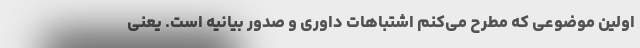
اولین موضوعی که مطرح می‌کنم اشتباهات داوری و صدور بیانیه است. یعنی